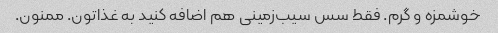
خوشمزه و گرم. فقط سس سیب‌زمینی هم اضافه کنید به غذاتون. ممنون.